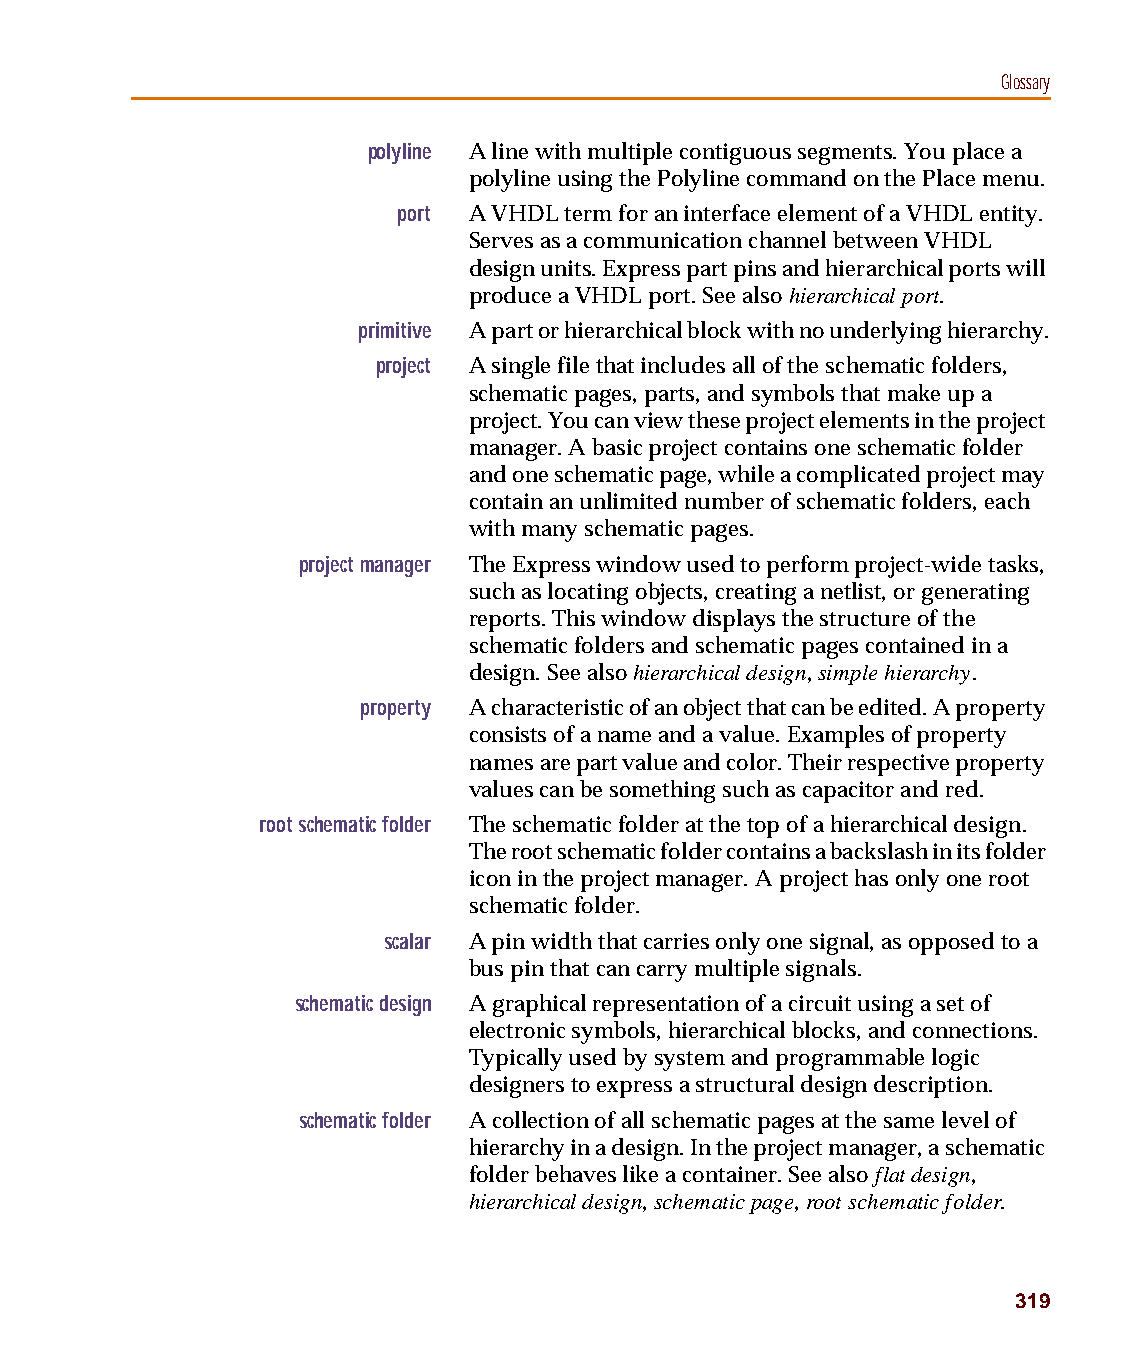
capug.book Page 319 Thursday, November 12, 1998 3:38 PM
 Glossary
 polyline A line with multiple contiguous segments. You place a
 polyline using the Polyline command on the Place menu.
 port A VHDL term for an interface element of a VHDL entity.
 Serves as a communication channel between VHDL
 design units. Express part pins and hierarchical ports will
 produce a VHDL port. See also hierarchical port.
 primitive A part or hierarchical block with no underlying hierarchy.
 project A single file that includes all of the schematic folders,
 schematic pages, parts, and symbols that make up a
 project. You can view these project elements in the project
 manager. A basic project contains one schematic folder
 and one schematic page, while a complicated project may
 contain an unlimited number of schematic folders, each
 with many schematic pages.
 project manager The Express window used to perform project-wide tasks,
 such as locating objects, creating a netlist, or generating
 reports. This window displays the structure of the
 schematic folders and schematic pages contained in a
 design. See also hierarchical design, simple hierarchy.
 property A characteristic of an object that can be edited. A property
 consists of a name and a value. Examples of property
 names are part value and color. Their respective property
 values can be something such as capacitor and red.
 root schematic folder The schematic folder at the top of a hierarchical design.
 The root schematic folder contains a backslash in its folder
 icon in the project manager. A project has only one root
 schematic folder.
 scalar A pin width that carries only one signal, as opposed to a
 bus pin that can carry multiple signals.
 schematic design A graphical representation of a circuit using a set of
 electronic symbols, hierarchical blocks, and connections.
 Typically used by system and programmable logic
 designers to express a structural design description.
 schematic folder A collection of all schematic pages at the same level of
 hierarchy in a design. In the project manager, a schematic
 folder behaves like a container. See also flat design,
 hierarchical design, schematic page, root schematic folder.
 319